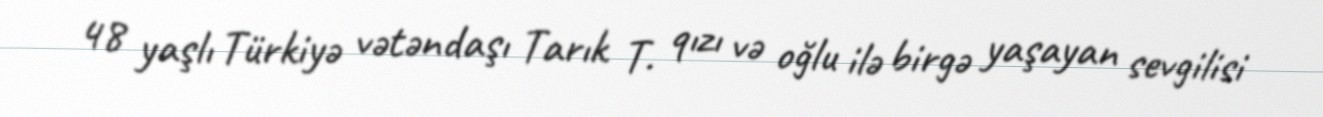
48 yaşlı Türkiyə vətəndaşı Tarık T. qızı və oğlu ilə birgə yaşayan sevgilisi